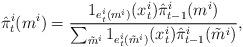
LaTeX: \begin{align*}\hat{\pi}^i_t(m^i) = \frac{1_{e^i_t(m^i)}(x^i_t)\hat{\pi}^i_{t-1}(m^i)}{\sum_{\tilde{m}^i} 1_{e^i_t(\tilde{m}^i)}(x^i_t)\hat{\pi}^i_{t-1}(\tilde{m}^i)},\end{align*}